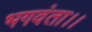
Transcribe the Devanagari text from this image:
भगवंता।।